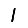
Digit: 1